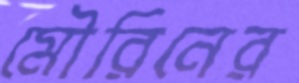
মৌরিনের